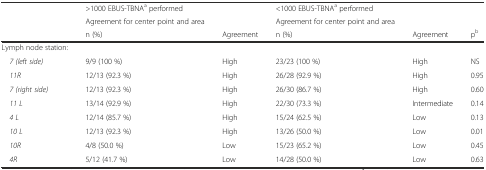
<table><thead><tr><td rowspan="2"></td><td><b>&gt;1000 EBUS-TBNA<sup>a</sup> performed</b></td><td rowspan="2"></td><td><b>&lt;1000 EBUS-TBNA<sup>a</sup> performed</b></td><td rowspan="2"></td><td rowspan="2"></td></tr><tr><td><b>Agreement for center point and area</b></td><td><b>Agreement for center point and area</b></td></tr><tr><td></td><td><b>n (%)</b></td><td><b>Agreement</b></td><td><b>n (%)</b></td><td><b>Agreement</b></td><td><b>p<sup>b</sup></b></td></tr></thead><tbody><tr><td>Lymph node station:</td><td></td><td></td><td></td><td></td><td></td></tr><tr><td> <i>7 (left side)</i></td><td>9/9 (100 %)</td><td>High</td><td>23/23 (100 %)</td><td>High</td><td>NS</td></tr><tr><td> <i>11R</i></td><td>12/13 (92.3 %)</td><td>High</td><td>26/28 (92.9 %)</td><td>High</td><td>0.95</td></tr><tr><td> <i>7 (right side)</i></td><td>12/13 (92.3 %)</td><td>High</td><td>26/30 (86.7 %)</td><td>High</td><td>0.60</td></tr><tr><td> <i>11 L</i></td><td>13/14 (92.9 %)</td><td>High</td><td>22/30 (73.3 %)</td><td>Intermediate</td><td>0.14</td></tr><tr><td> <i>4 L</i></td><td>12/14 (85.7 %)</td><td>High</td><td>15/24 (62.5 %)</td><td>Low</td><td>0.13</td></tr><tr><td> <i>10 L</i></td><td>12/13 (92.3 %)</td><td>High</td><td>13/26 (50.0 %)</td><td>Low</td><td>0.01</td></tr><tr><td> <i>10R</i></td><td>4/8 (50.0 %)</td><td>Low</td><td>15/23 (65.2 %)</td><td>Low</td><td>0.45</td></tr><tr><td> <i>4R</i></td><td>5/12 (41.7 %)</td><td>Low</td><td>14/28 (50.0 %)</td><td>Low</td><td>0.63</td></tr></tbody></table>